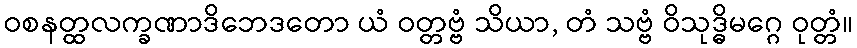
ဝစနတ္ထလက္ခဏာဒိဘေဒတော ယံ ဝတ္တဗ္ဗံ သိယာ, တံ သဗ္ဗံ ဝိသုဒ္ဓိမဂ္ဂေ ဝုတ္တံ။